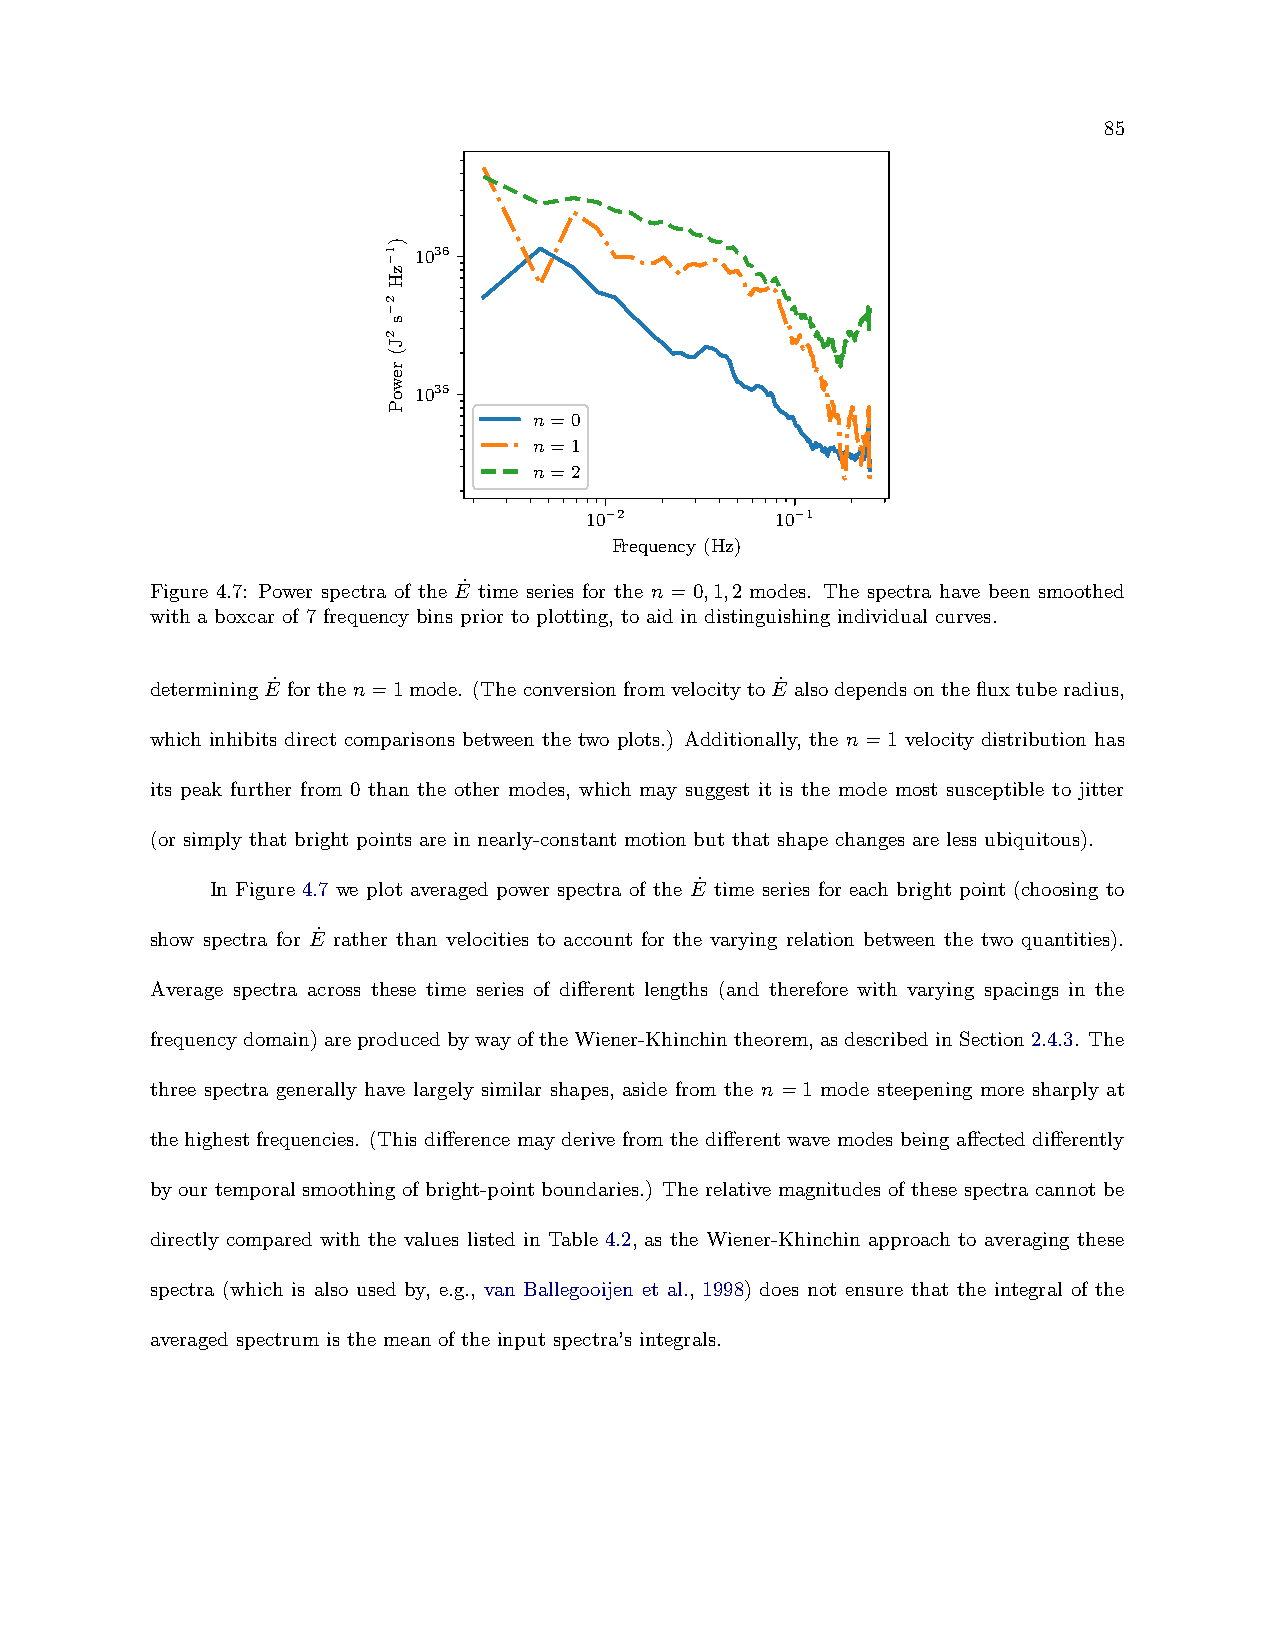
85
 1036
 1035
 n=0
 n=1
 n=2
 10−2        10−1
 Frequency (Hz)
 Figure 4.7: Power spectra of the E˙ time series for the n = 0,1,2 modes. The spectra have been smoothed
 with a boxcar of 7 frequency bins prior to plotting, to aid in distinguishing individual curves.
 determiningE˙ forthen=1mode. (TheconversionfromvelocitytoE˙ alsodependsonthefluxtuberadius,
 which inhibits direct comparisons between the two plots.) Additionally, the n=1 velocity distribution has
 its peak further from 0 than the other modes, which may suggest it is the mode most susceptible to jitter
 (or simply that bright points are in nearly-constant motion but that shape changes are less ubiquitous).
 In Figure 4.7 we plot averaged power spectra of the E˙ time series for each bright point (choosing to
 show spectra for E˙ rather than velocities to account for the varying relation between the two quantities).
 Average spectra across these time series of different lengths (and therefore with varying spacings in the
 frequencydomain)areproducedbywayoftheWiener-Khinchintheorem,asdescribedinSection2.4.3. The
 three spectra generally have largely similar shapes, aside from the n = 1 mode steepening more sharply at
 the highest frequencies. (This difference may derive from the different wave modes being affected differently
 by our temporal smoothing of bright-point boundaries.) The relative magnitudes of these spectra cannot be
 directly compared with the values listed in Table 4.2, as the Wiener-Khinchin approach to averaging these
 spectra (which is also used by, e.g., van Ballegooijen et al., 1998) does not ensure that the integral of the
 averaged spectrum is the mean of the input spectra’s integrals.
 )1
 −zH
 2
 −s
 2J(
 rewoP